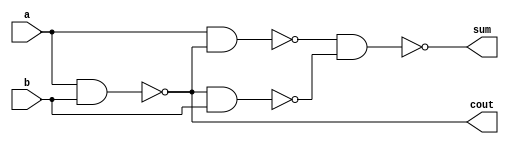
module structural_half_adder(a, b, cout, sum);
//declare variables
input a, b; 
output cout, sum; 
wire sum1, sum2, sum3; 

//internal calculations
nand NAND1(sum3, a, b); 
nand NAND2(sum1, a, sum3); 
nand NAND3(sum2, sum3, b); 

//calculation of sum and cout
nand NAND4(sum, sum1, sum2); 
assign cout = sum3; 
 
endmodule